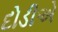
દોડીએ